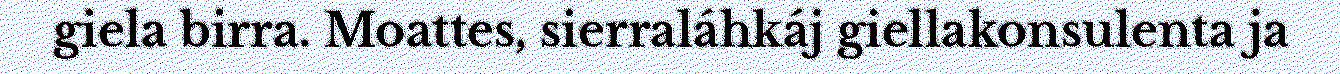
giela birra. Moattes, sierraláhkáj giellakonsulenta ja